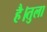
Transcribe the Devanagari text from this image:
है।तुला